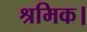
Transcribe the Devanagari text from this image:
श्रमिक।